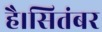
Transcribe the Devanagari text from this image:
है।सितंबर